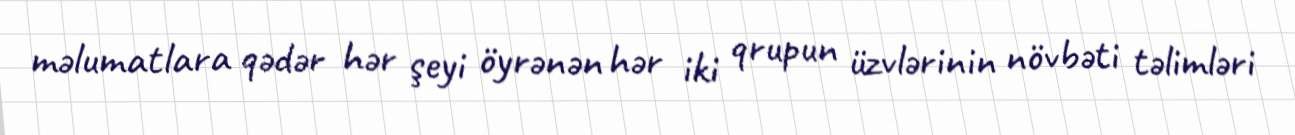
məlumatlara qədər hər şeyi öyrənən hər iki qrupun üzvlərinin növbəti təlimləri